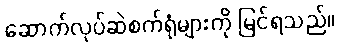
ဆောက်လုပ်ဆဲစက်ရုံများကို မြင်ရသည်။